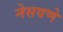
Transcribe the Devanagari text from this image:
नेसवणे